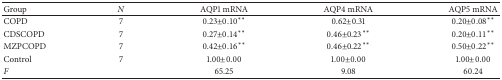
<table><thead><tr><td><b>Group</b></td><td><b><i>N</i></b></td><td><b>AQP1 mRNA</b></td><td><b>AQP4 mRNA</b></td><td><b>AQP5 mRNA</b></td></tr></thead><tbody><tr><td>COPD</td><td>7</td><td>0.23±0.10<sup><i>∗∗</i></sup></td><td>0.62±0.31</td><td>0.20±0.08<sup><i>∗∗</i></sup></td></tr><tr><td>CDSCOPD</td><td>7</td><td>0.27±0.14<sup><i>∗∗</i></sup></td><td>0.46±0.23<sup><i>∗∗</i></sup></td><td>0.20±0.11<sup><i>∗∗</i></sup></td></tr><tr><td>MZPCOPD</td><td>7</td><td>0.42±0.16<sup><i>∗∗</i></sup></td><td>0.46±0.22<sup><i>∗∗</i></sup></td><td>0.50±0.22<sup><i>∗∗</i></sup></td></tr><tr><td>Control</td><td>7</td><td>1.00±0.00</td><td>1.00±0.00</td><td>1.00±0.00</td></tr><tr><td><i>F</i></td><td> </td><td>65.25</td><td>9.08</td><td>60.24</td></tr></tbody></table>